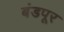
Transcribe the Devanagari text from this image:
बंडपूर